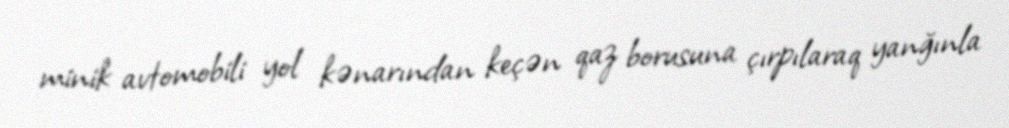
minik avtomobili yol kənarından keçən qaz borusuna çırpılaraq yanğınla